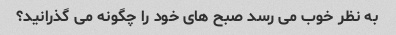
به نظر خوب می رسد صبح های خود را چگونه می گذرانید؟